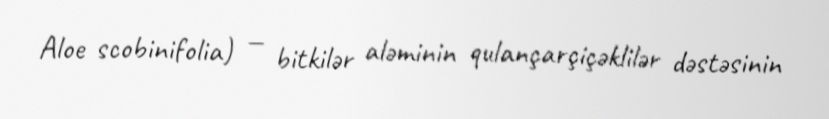
Aloe scobinifolia) — bitkilər aləminin qulançarçiçəklilər dəstəsinin